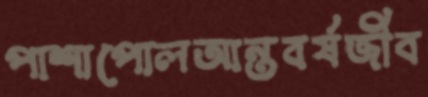
পাশাপোলআন্তবর্ষজীব